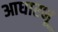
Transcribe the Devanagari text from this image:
आधारभू